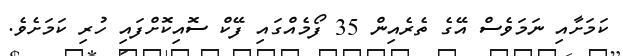
ކަމަށާއި ނަމަވެސް އޭގެ ތެރެއިން 35 ފޯމެއްގައި ފޭކް ސޮއިކޮށްފައި ހުރި ކަމަށެވެ.